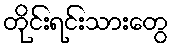
တိုင်းရင်းသားတွေ